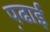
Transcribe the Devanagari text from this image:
प़ढाई